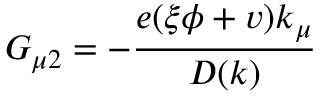
G _ { \mu 2 } = - \frac { e ( \xi \phi + v ) k _ { \mu } } { D ( k ) }